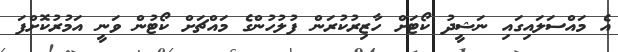
އެ މައްސަލައިގައި ނަޝީދު ކޯޓަށް ހާޒިރުކުރަން ފުލުހުންގެ މައްޗަށް ކޯޓުން ވަނީ އަމުރުކޮށްފަ